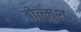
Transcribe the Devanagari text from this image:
बोल्मुश